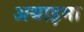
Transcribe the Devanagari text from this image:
अथाइमा